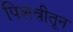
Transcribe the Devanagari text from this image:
पिशवीतून